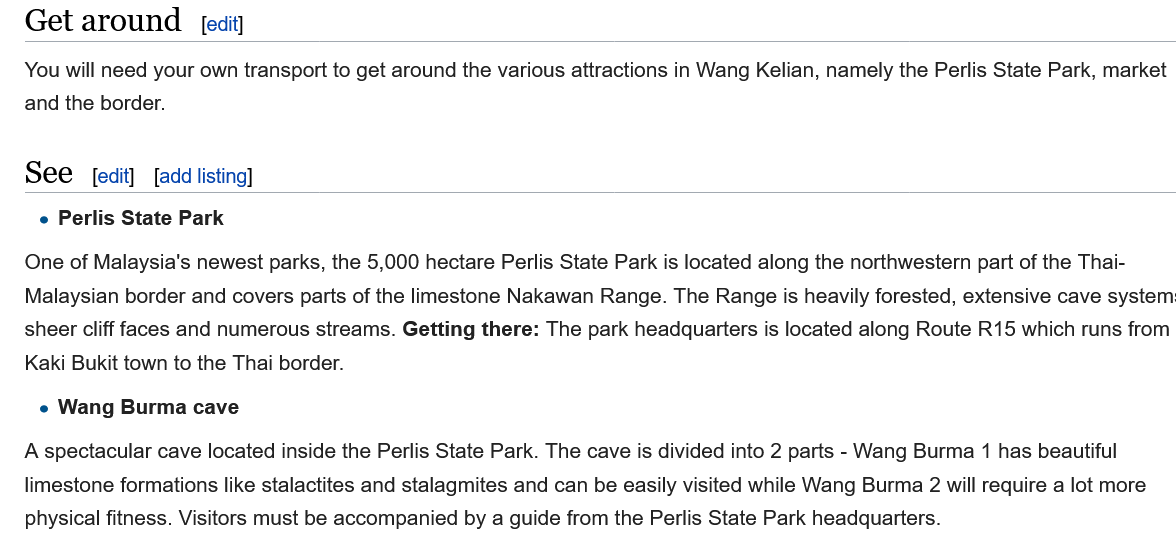
You will need your own transport to get around the various attractions in Wang Kelian, namely the Perlis State Park, market
   and the border.
   A spectacular cave located inside the Perlis State Park. The cave is divided into 2 parts - Wang Burma 1 has beautiful
   limestone formations like stalactites and stalagmites and can be easily visited while Wang Burma 2 will require a lot more
   physical fitness. Visitors must be accompanied by a guide from the Perlis State Park headquarters.
    e Wang  Burma cave
    e Perlis State Park
   See
   Get  around    [edit]
     [edit] [add listing]
   One of Malaysia's newest parks, the 5,000 hectare Perlis State Park is located along the northwestern part of the Thai-
   Malaysian border and covers parts of the limestone Nakawan Range. The Range is heavily forested, extensive cave system
   sheer cliff faces and numerous streams. Getting there: The park headquarters is located along Route R15 which runs from
   Kaki Bukit town to the Thai border.